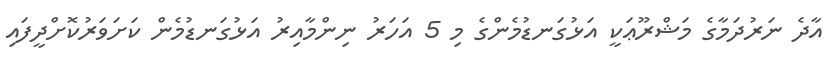
އާދެ ނަރުދަމާގެ މަޝްރޫޢަކީ އަޅުގަނޑުމެންގެ މި 5 އަހަރު ނިންމާއިރު އަޅުގަނޑުމެން ކަށަވަރުކޮށްދީފައި